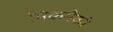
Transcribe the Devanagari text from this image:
मिकमैकों